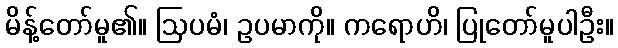
မိန့်တော်မူ၏။ ဩပမံ၊ ဥပမာကို။ ကရောဟိ၊ ပြုတော်မူပါဦး။